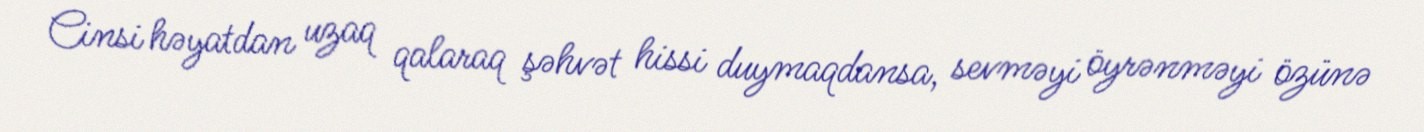
Cinsi həyatdan uzaq qalaraq şəhvət hissi duymaqdansa, sevməyi öyrənməyi özünə